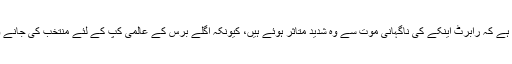
ان کی کارکردگی کے حوالے سے جرمنی کی قومی فٹ بال ٹیم کے کوچ Joachim Löw کا کہنا ہے کہ رابرٹ اینکے کی ناگہانی موت سے وہ شدید متاثر ہوئے ہیں، کیونکہ اگلے برس کے عالمی کپ کے لئے منتخب کی جانے والی قومی ٹیم کے لئے بطور گول کیپر وہ منتخب ہو سکنے والے کھلاڑیوں میں انتہائی نمایاں تھے۔